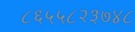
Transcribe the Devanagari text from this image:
८६५५८२३७४८